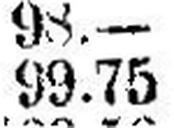
99.75